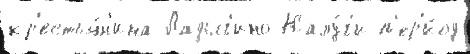
кр'естья́н'ина Ладыг'ино Калу́г'и п'ер'и́од